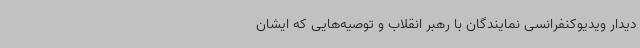
دیدار ویدیوکنفرانسی نمایندگان با رهبر انقلاب و توصیه‌هایی که ایشان